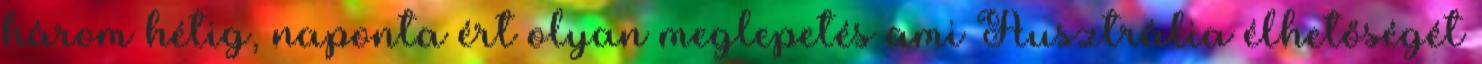
három hétig, naponta ért olyan meglepetés ami Ausztrália élhetőségét